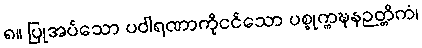
၈။ ပြုအပ်သော ပဝါရဏာကိုငင်သော ပစ္စုက္ကဍ္ဎနဉတ္တိကံ၊